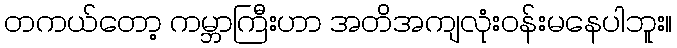
တကယ်တော့ ကမ္ဘာကြီးဟာ အတိအကျလုံးဝန်းမနေပါဘူး။